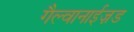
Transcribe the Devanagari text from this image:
गैल्वानाईज़ड